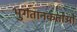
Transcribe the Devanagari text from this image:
भुगतानकर्ताओं